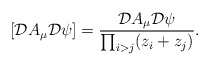
\begin{align*}\left[{\cal D}A_\mu{\cal D}\psi\right]=\frac{{\cal D}A_\mu{\cal D}\psi}{\prod_{i>j}(z_i+z_j)}.\end{align*}